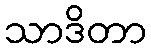
သာဒိတာ